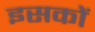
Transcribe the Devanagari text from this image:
इसकों